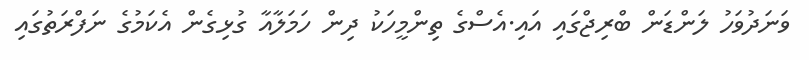
ވަނަދުވަހު ލަންޑަން ބްރިޖްގައި އައި.އެސްގެ ތިންމީހަކު ދިން ހަމަލާއާ ގުޅިގެން އެކަމުގެ ނަފްރަތުގައި